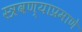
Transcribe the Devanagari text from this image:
स्त्रवण्याप्रमाणे